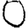
Digit: 0